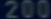
200